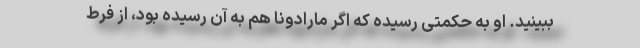
ببینید. او به حکمتی رسیده که اگر مارادونا هم به آن رسیده بود، از فرط